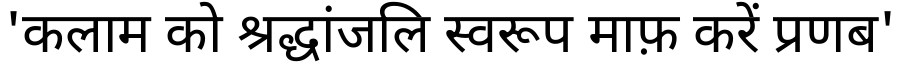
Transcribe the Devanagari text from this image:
'कलाम को श्रद्धांजलि स्वरूप माफ़ करें प्रणब'